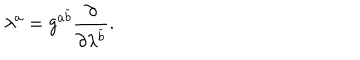
\lambda ^ { a } = g ^ { a \bar { b } } { \frac { \partial } { \partial \lambda ^ { \bar { b } } } } .